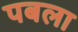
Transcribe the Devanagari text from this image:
पबला